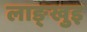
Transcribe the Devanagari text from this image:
लाङ्खुइ